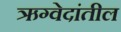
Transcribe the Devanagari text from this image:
ऋग्वेदांतील